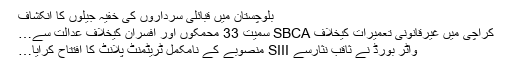
بلوچستان میں قبائلی سرداروں کی خفیہ جیلوں کا انکشاف
کراچی میں غیرقانونی تعمیرات کیخلاف SBCA سمیت 33 محمکوں اور افسران کیخلاف عدالت سے…
واٹر بورڈ‌ نے ثاقب نثارسے SIII منصوبے کے نامکمل ٹریٹمنٹ پلانٹ کا افتتاح کرایا…